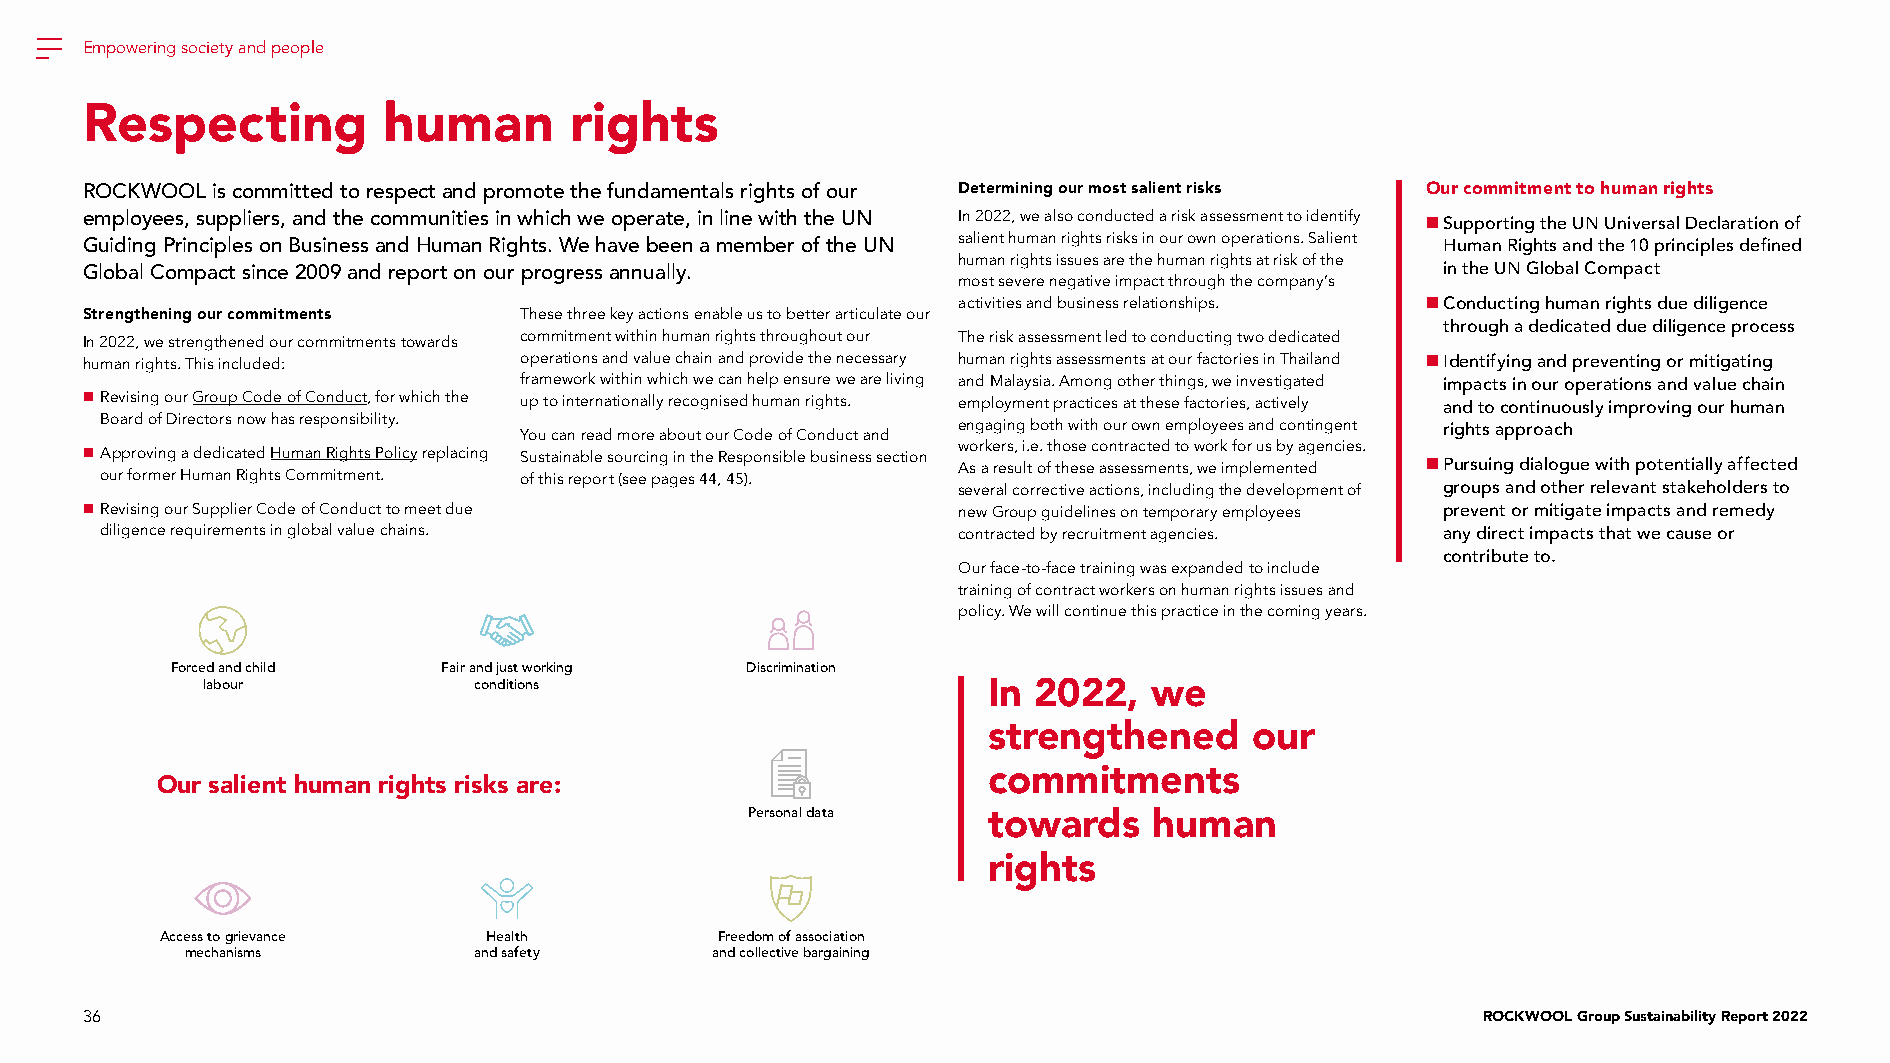
Empowering society and people
 Respecting          human        rights
 ROCKWOOL is committed to respect and promote the fundamentals rights of our Determining our most salient risks Our commitment to human rights
 employees, suppliers, and the communities in which we operate, in line with the UN In 2022, we also conducted a risk assessment to identify  Supporting the UN Universal Declaration of
 Guiding Principles on Business and Human Rights. We have been a member of the UN salient human rights risks in our own operations. Salient Human Rights and the 10 principles defined
 human rights issues are the human rights at risk of the
 Global Compact since 2009 and report on our progress annually.                             in the UN Global Compact
 most severe negative impact through the company’s
 activities and business relationships.  Conducting human rights due diligence
 Strengthening our commitments These three key actions enable us to better articulate our
 through a dedicated due diligence process
 In 2022, we strengthened our commitments towards commitment within human rights throughout our The risk assessment led to conducting two dedicated
 human rights. This included: operations and value chain and provide the necessary human rights assessments at our factories in Thailand  Identifying and preventing or mitigating
 framework within which we can help ensure we are living and Malaysia. Among other things, we investigated impacts in our operations and value chain
  Revising our Group Code of Conduct, for which the up to internationally recognised human rights. employment practices at these factories, actively and to continuously improving our human
 Board of Directors now has responsibility. You can read more about our Code of Conduct and engaging both with our own employees and contingent rights approach
  Approving a dedicated Human Rights Policy replacing Sustainable sourcing in the Responsible business section w Aso r ak e rers s, u i l. te o. ft h tho es se e c ao sn st era ssc mte ed n t to s, w wo er k im fo pr l eu ms eb ny ta eg de ncies.  Pursuing dialogue with potentially affected
 our former Human Rights Commitment. of this report (see pages 44, 45).
 several corrective actions, including the development of groups and other relevant stakeholders to
  Revising our Supplier Code of Conduct to meet due       new Group guidelines on temporary employees prevent or mitigate impacts and remedy
 diligence requirements in global value chains.          contracted by recruitment agencies. any direct impacts that we cause or
 contribute to.
 Our face-to-face training was expanded to include
 training of contract workers on human rights issues and
 policy. We will continue this practice in the coming years.
 Forced and child  Fair and just working Discrimination
 labour            conditions                        In 2022,   we
 strengthened      our
 commitments
 Our salient human rights risks are:
 Personal data  towards    human
 rights
 Access to grievance  Health          Freedom of association
 mechanisms         and safety      and collective bargaining
 36                                                                                           ROCKWOOL Group Sustainability Report 2022